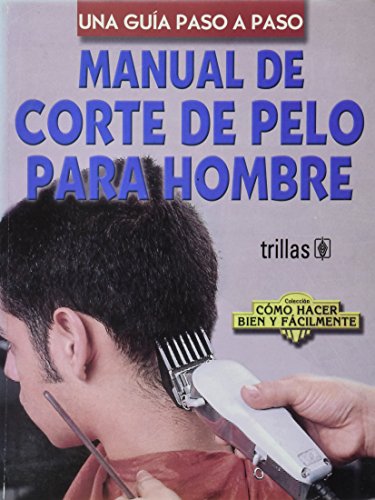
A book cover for Manual De Corte De Pelo Para Hombre / Manual of Hair Cutting for Men: Una Guia Paso A Paso / A Step-by-Step Guide (Coleccion Como Hacer Bien Y ... Right and Easy Colection) (Spanish Edition); Health, Fitness & Dieting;